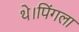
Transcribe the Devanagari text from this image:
थे।पिंगला